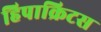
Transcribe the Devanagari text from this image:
हिपाक्रिटस